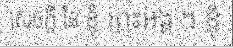
សេចក្តី នៃ ខ្ញុំ ព្រះអង្គ ។ ខ្ញុំ